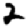
Digit: 2